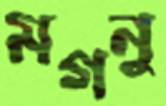
মগনু